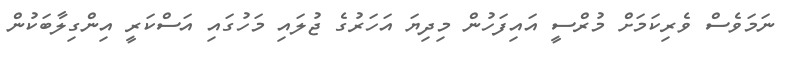
ނަމަވެސް ވެރިކަމަށް މުރްސީ އައިފަހުން މިދިޔަ އަހަރުގެ ޖުލައި މަހުގައި އަސްކަރީ އިންގިލާބަކުން